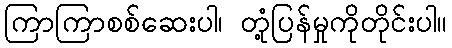
ကြာကြာစစ်ဆေးပါ၊ တုံ့ပြန်မှုကိုတိုင်းပါ။